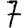
Digit: 7